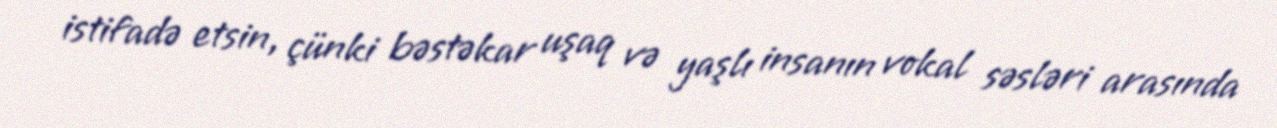
istifadə etsin, çünki bəstəkar uşaq və yaşlı insanın vokal səsləri arasında